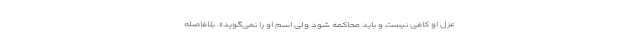
عزل او کافی نیست و باید محاکمه شود ولی اسم او را نمی‌گوید». بلافاصله